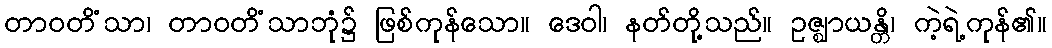
တာဝတိံသာ၊ တာဝတိံသာဘုံ၌ ဖြစ်ကုန်သော။ ဒေဝါ၊ နတ်တို့သည်။ ဥဇ္ဈာယန္တိ၊ ကဲ့ရဲ့ကုန်၏။